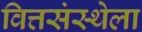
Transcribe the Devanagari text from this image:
वित्तसंस्थेला